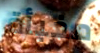
مخبأة